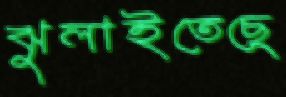
ঝুলাইতেছে